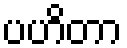
ပဟိတာ